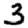
Digit: 3